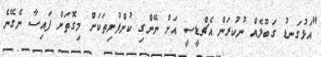
"އަޅުގަނޑު ގަބޫލެއް ނުކުރަން އެޗްޑީސީ އަށް ނޭންގި ކުންފުނިތަކަށް މިގޮތަށް ފައިސާ ނެގޭނެ